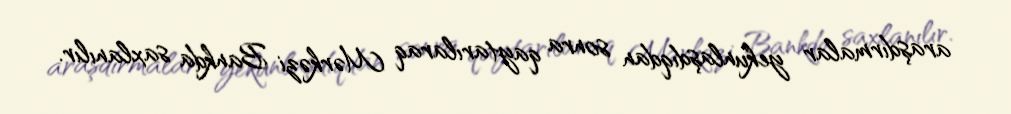
araşdırmalar yekunlaşdıqdan sonra qaytarılaraq Mərkəzi Bankda saxlanılır.